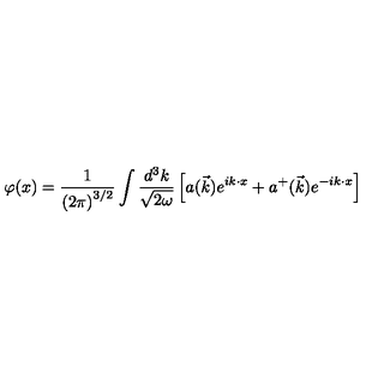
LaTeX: \varphi ( x ) = \frac { 1 } { \left( 2 \pi \right) ^ { 3 / 2 } } \int \frac { d ^ { 3 } k } { \sqrt { 2 \omega } } \left[ a ( \vec { k } ) e ^ { i k \cdot x } + a ^ { + } ( \vec { k } ) e ^ { - i k \cdot x } \right]